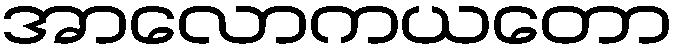
အာလောကယတော